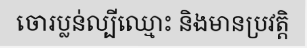
ចោរប្លន់ល្បីឈ្មោះ និងមានប្រវត្តិ